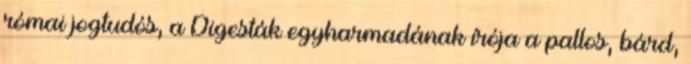
római jogtudós, a Digesták egyharmadának írója a pallos, bárd,